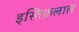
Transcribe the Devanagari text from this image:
इस्तिक़लाल